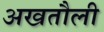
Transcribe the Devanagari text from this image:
अखतौली